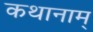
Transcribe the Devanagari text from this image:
कथानाम्